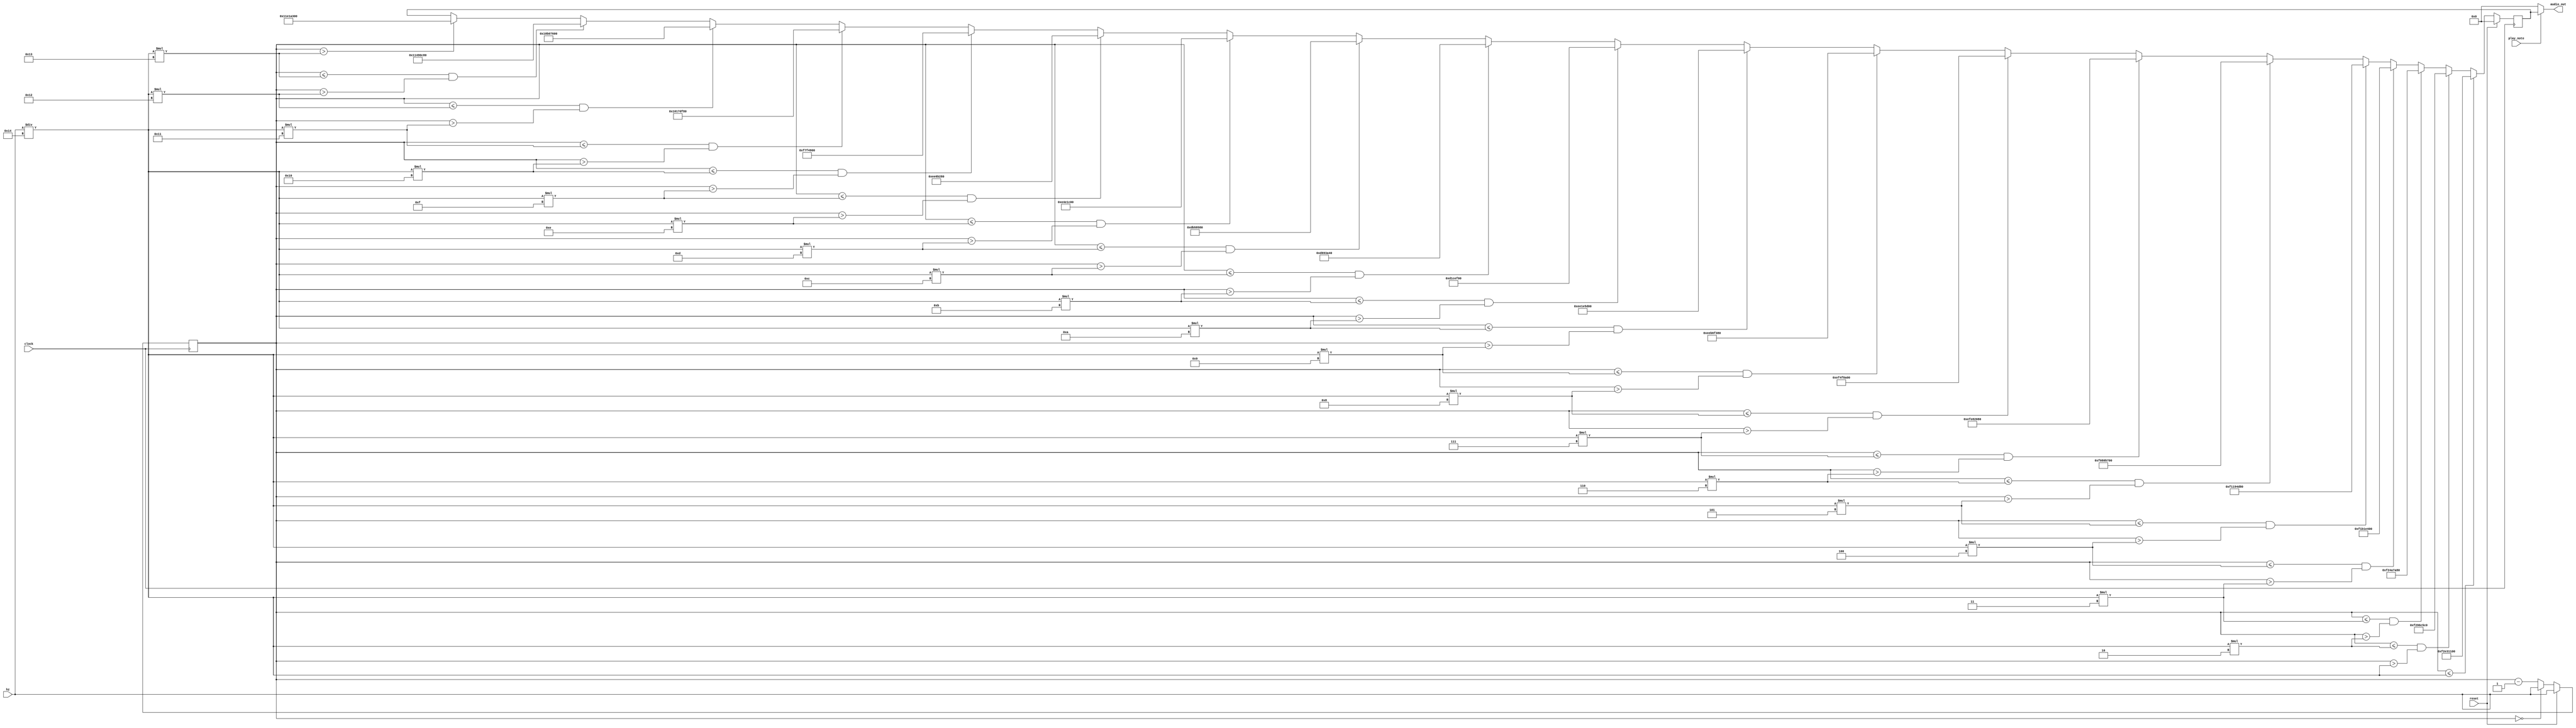
module Square_Wave(
	input clock,
	input reset,
	input play_note,
	input [31:0]hz,
	output [31:0]audio_out
	);

	localparam AMP_1 = 32'd300000000;
	localparam AMP_2 = 32'd290000000;
	localparam AMP_3 = 32'd280000000;
	localparam AMP_4 = 32'd270000000;
	localparam AMP_5 = 32'd260000000;
	localparam AMP_6 = 32'd250000000;
	localparam AMP_7 = 32'd240000000;
	localparam AMP_8 = 32'd230000000;
	localparam AMP_9 = 32'd225000000;
	localparam AMP_10 = 32'd220000000;

	reg signed [31:0]amp;
	reg [31:0] counter;
	assign audio_out[31:0] = play_note ? amp : 32'b0;

	always@(posedge clock)begin
		if (reset) begin
			amp <= 32'b0;
			counter <= hz;
			end
		else begin
			counter <= counter - 1'b1;
			if (counter > (hz / 20 * 19)) begin
				amp <= AMP_1;
				end
			if (counter <= (hz / 20 * 19) && counter > (hz / 20 * 18)) begin
				amp <= AMP_2;
				end
			if (counter <= (hz / 20 * 18) && counter > (hz / 20 * 17)) begin
				amp <= AMP_3;
				end
			if (counter <= (hz / 20 * 17) && counter > (hz / 20 * 16)) begin
				amp <= AMP_4;
				end
			if (counter <= (hz / 20 * 16) && counter > (hz / 20 * 15)) begin
				amp <= AMP_5;
				end
			if (counter <= (hz / 20 * 15) && counter > (hz / 20 * 14)) begin
				amp <= AMP_6;
				end
			if (counter <= (hz / 20 * 14) && counter > (hz / 20 * 13)) begin
				amp <= AMP_7;
				end
			if (counter <= (hz / 20 * 13) && counter > (hz / 20 * 12)) begin
				amp <= AMP_8;
				end
			if (counter <= (hz / 20 * 12) && counter > (hz / 20 * 11)) begin
				amp <= AMP_9;
				end
			if (counter <= (hz / 20 * 11) && counter > (hz / 20 * 10)) begin
				amp <= AMP_10;
				end
			if (counter <= (hz / 20 * 10) && counter > (hz / 20 * 9)) begin
				amp <= -AMP_1;
				end
			if (counter <= (hz / 20 * 9) && counter > (hz / 20 * 8)) begin
				amp <= -AMP_2;
				end
			if (counter <= (hz / 20 * 8) && counter > (hz / 20 * 7)) begin
				amp <= -AMP_3;
				end
			if (counter <= (hz / 20 * 7) && counter > (hz / 20 * 6)) begin
				amp <= -AMP_4;
				end
			if (counter <= (hz / 20 * 6) && counter > (hz / 20 * 5)) begin
				amp <= -AMP_5;
				end
			if (counter <= (hz / 20 * 5) && counter > (hz / 20 * 4)) begin
				amp <= -AMP_6;
				end
			if (counter <= (hz / 20 * 4) && counter > (hz / 20 * 3)) begin
				amp <= -AMP_7;
				end
			if (counter <= (hz / 20 * 3) && counter > (hz / 20 * 2)) begin
				amp <= -AMP_8;
				end
			if (counter <= (hz / 20 * 2) && counter > (hz / 20)) begin
				amp <= -AMP_9;
				end
			if (counter <= (hz / 20)) begin
				amp <= -AMP_10;
				end
			if (counter == 0) begin
				counter <= hz;
				end
		end
	end
endmodule